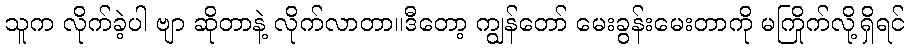
သူက လိုက်ခဲ့ပါ ဗျာ ဆိုတာနဲ့ လိုက်လာတာ။ဒီတော့ ကျွန်တော် မေးခွန်းမေးတာကို မကြိုက်လို့ရှိရင်